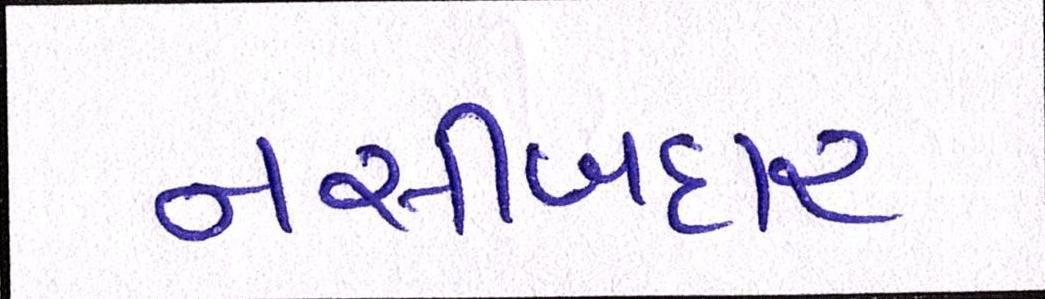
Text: નસીબદાર